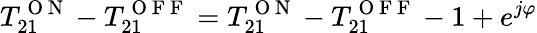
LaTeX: T_{21}^{\mathrm{~O~N~}}-T_{21}^{\mathrm{~O~F~F~}}=T_{21}^{\mathrm{~O~N~}}-T_{21}^{\mathrm{~O~F~F~}}-1+e^{j\varphi}